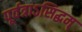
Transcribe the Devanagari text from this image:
पूर्वत्राऽसिद्धम्